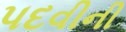
પદવીની